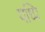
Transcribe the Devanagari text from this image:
यध्पि